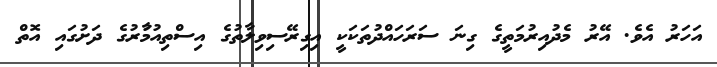
އަހަރު އެވެ. އޭރު މެދުއިރުމަތީގެ ގިނަ ސަރަހައްދުތަކަކީ އިގިރޭސިވިލާތުގެ އިސްތިއުމާުރުގެ ދަށުގައި އޮތް